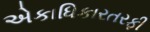
એકાધિકારતરફી